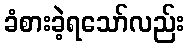
ခံစားခဲ့ရသော်လည်း